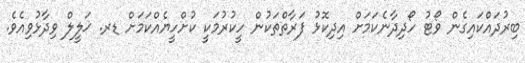
ބިރުދައްކައިގެން ވޯޓު ހޯދިދާނެކަމަށް އިދިކޮޅު ފަރާތްތަކުން ހީކުރުމަކީ ކުށްހީޔެއްކަމަށް ޑރ. ޚަލީލް ވިދާޅުވިއެވެ.